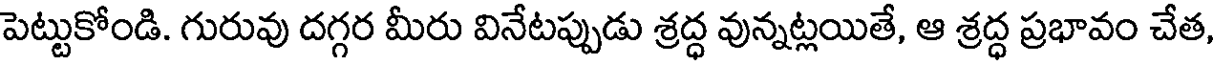
పెట్టుకోండి. గురువు దగ్గర మీరు వినేటప్పుడు శ్రద్ధ వున్నట్లయితే, ఆ శ్రద్ధ ప్రభావం చేత,